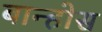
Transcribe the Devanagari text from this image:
बान्होस